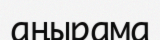
аңырама